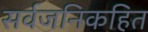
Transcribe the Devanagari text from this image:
सर्वजनिकहित